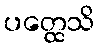
ပတ္ထေသိ